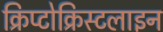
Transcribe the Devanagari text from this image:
क्रिप्टोक्रिस्टलाइन